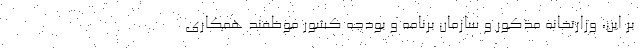
بر این، وزارتخانه مذکور و سازمان برنامه و بودجه کشور موظفند همکاری